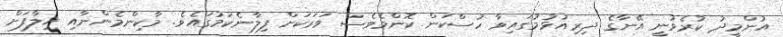
އުންމީދު ކުރެވުނީ އޭނާގެ ދިރިއުޅުމުގައިވާ ހުސްކަން ކޮންމެވެސް ވަރަކަށް ފިލާނެކަމުގައެވެ. މާކިންމެންނާއި ޚިލާފަށް